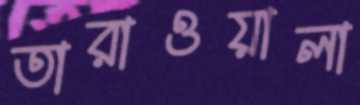
তারাওয়ালা